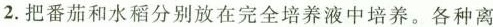
2.把番茄和水稻分别放在完全培养液中培养。各种离